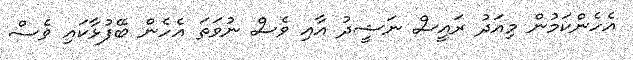
އެހެންކަމުން މިއަދު ރައީސް ނަޝީދު އާއި ވެސް ނުވަތަ އެހެން ބޭފުޅާކައި ވެސް